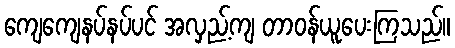
ကျေကျေနပ်နပ်ပင် အလှည့်ကျ တာဝန်ယူပေးကြသည်။